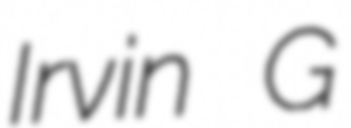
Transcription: Irvin G